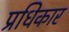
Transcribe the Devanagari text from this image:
प्रधिकार